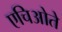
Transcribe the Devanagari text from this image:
एचिओते